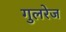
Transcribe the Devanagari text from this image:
गुलरेज